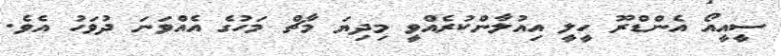
ސީއީއޯ އެންޑްރޫ ހީލީ އިއުލާންކުރެއްވީ މިދިޔަ މާޗް މަހުގެ އެއްވަނަ ދުވަހު އެވެ.